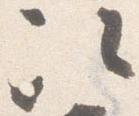
次